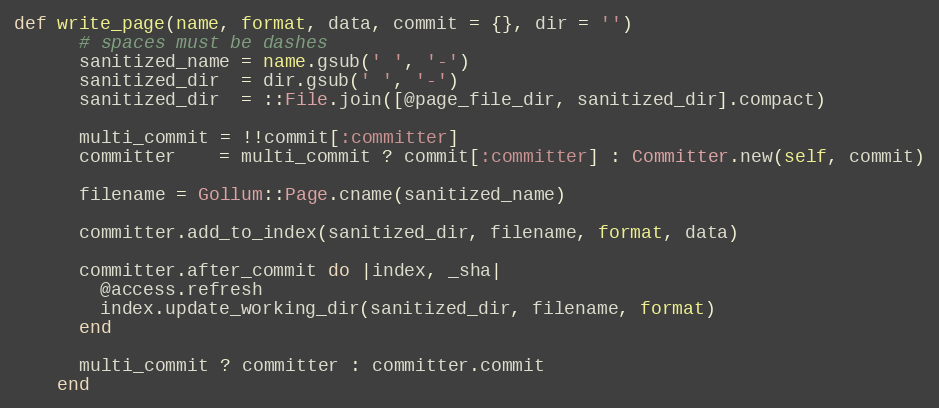
Language: Ruby
def write_page(name, format, data, commit = {}, dir = '')
      # spaces must be dashes
      sanitized_name = name.gsub(' ', '-')
      sanitized_dir  = dir.gsub(' ', '-')
      sanitized_dir  = ::File.join([@page_file_dir, sanitized_dir].compact)

      multi_commit = !!commit[:committer]
      committer    = multi_commit ? commit[:committer] : Committer.new(self, commit)

      filename = Gollum::Page.cname(sanitized_name)

      committer.add_to_index(sanitized_dir, filename, format, data)

      committer.after_commit do |index, _sha|
        @access.refresh
        index.update_working_dir(sanitized_dir, filename, format)
      end

      multi_commit ? committer : committer.commit
    end